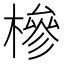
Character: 槮